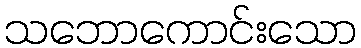
သဘောကောင်းသော